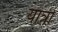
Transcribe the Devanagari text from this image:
यात्री